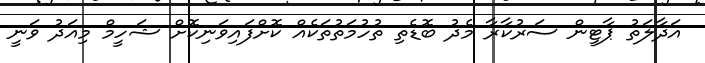
އަދާލަތު ޕާޓީން ސަރުކާރާ މެދު ބޮޑެތި ތުހުމަތުތަކެއް ކޮށްފައިވަނިކޮށް ޝަހީމް މިއަދު ވަނީ